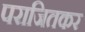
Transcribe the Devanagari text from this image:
पराजितकर